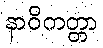
နာဝိကတ္တာ